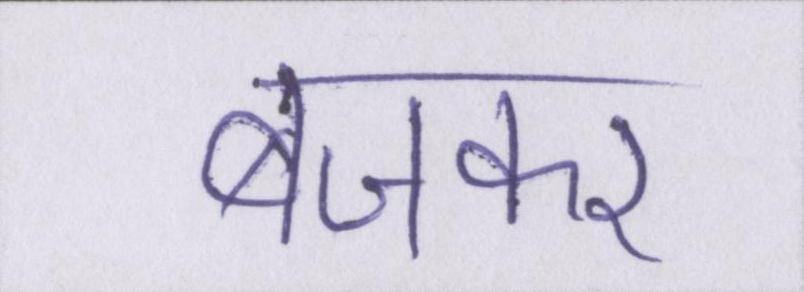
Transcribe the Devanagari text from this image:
बजकर